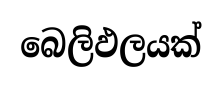
බෙලිඵලයක්